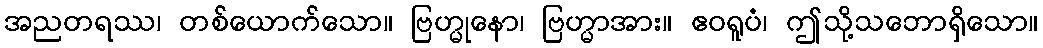
အညတရဿ၊ တစ်ယောက်သော။ ဗြဟ္မုနော၊ ဗြဟ္မာအား။ ဧဝရူပံ၊ ဤသို့သဘောရှိသော။